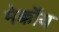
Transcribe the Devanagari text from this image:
मेक्कॉय